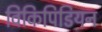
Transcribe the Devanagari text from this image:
विकिपिडियन